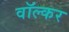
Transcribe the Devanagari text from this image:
वॉल्कर